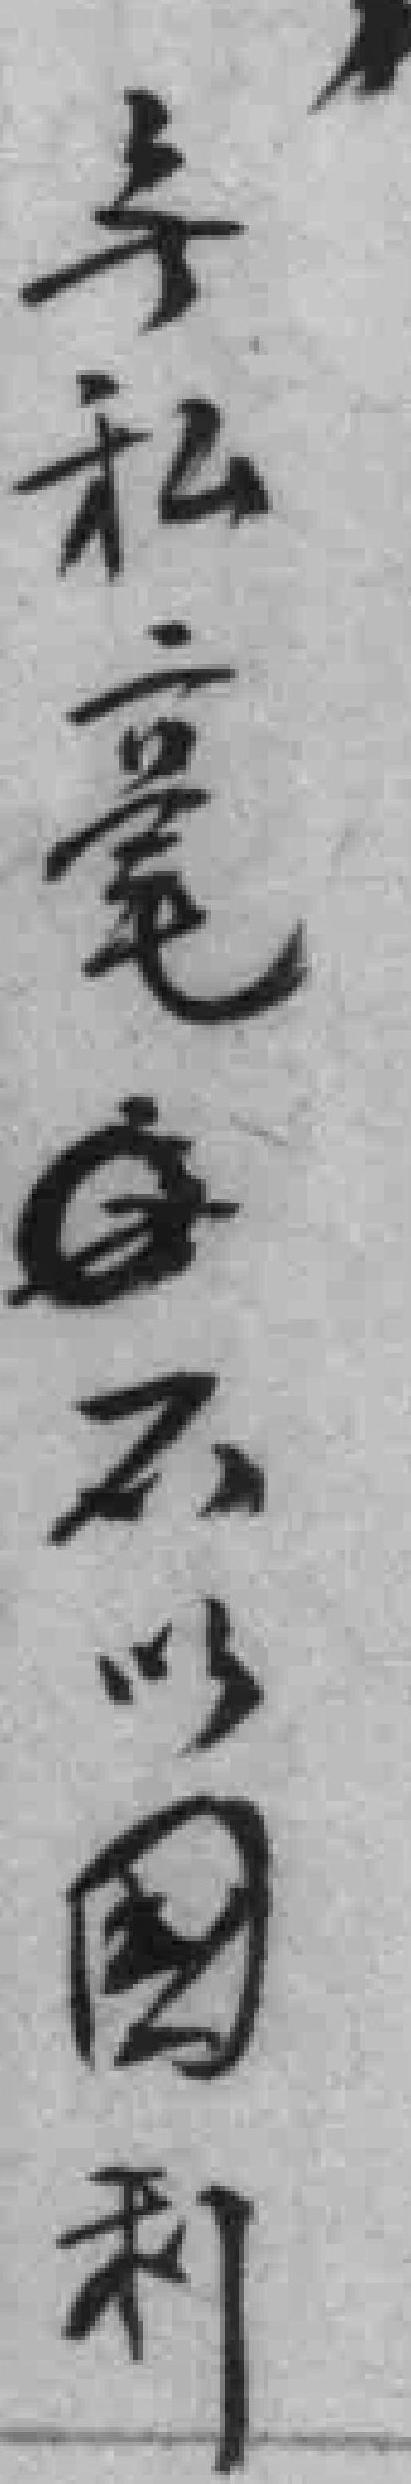
無私毫*不以國利